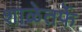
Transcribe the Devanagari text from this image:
शाळेतर्फे